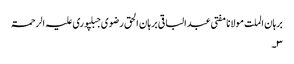
برہان الملت مولانا مفتی عبدالباقی برہان الحق رضوی جبلپوری علیہ الرحمۃ
۳۔